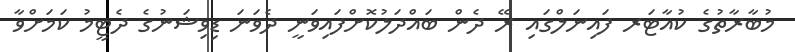
މުބާރާތުގެ ކުއާޓަރ ފައިނަލްގައި ރޭ ދެން ބައްދަލުކޮށްފައިވަނީ ދެވަނަ ޑިވިޝަނުގެ ދެޓީމު ކަމަށްވާ